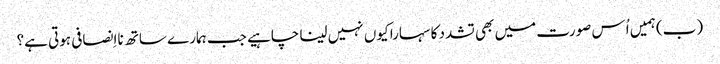
‏ (‏ب)‏ ہمیں اُس صورت میں بھی تشدد کا سہارا کیوں نہیں لینا چاہیے جب ہمارے ساتھ نااِنصافی ہوتی ہے؟